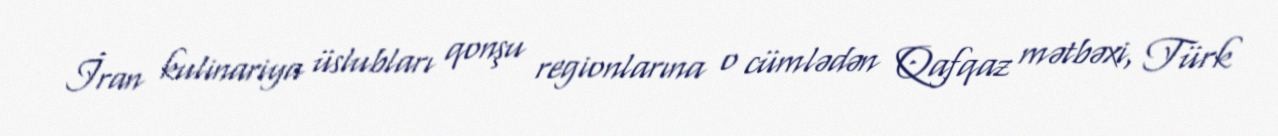
İran kulinariya üslubları qonşu regionlarına o cümlədən Qafqaz mətbəxi, Türk